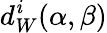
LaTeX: d_{W}^{\mathit{i}}(\alpha,\beta)